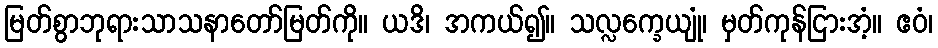
မြတ်စွာဘုရားသာသနာတော်မြတ်ကို။ ယဒိ၊ အကယ်၍။ သလ္လက္ခေယျုံ၊ မှတ်ကုန်ငြားအံ့။ ဧဝံ၊